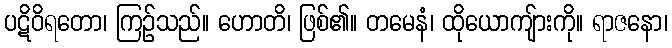
ပဋိဝိရတော၊ ကြဉ်သည်။ ဟောတိ၊ ဖြစ်၏။ တမေနံ၊ ထိုယောကျ်ားကို။ ရာဇနော၊